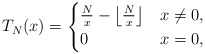
\begin{align*}T_N(x)=\begin{cases}\frac{N}{x}-\left\lfloor \frac{N}{x} \right\rfloor&x\neq 0,\\0& x=0,\end{cases}\end{align*}